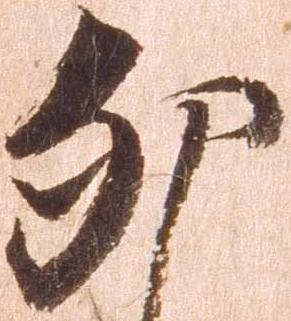
卯